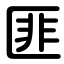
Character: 匪